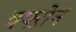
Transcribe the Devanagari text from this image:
क्फ्ऱोन